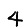
Digit: 4